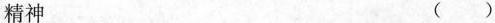
精神 （）